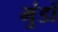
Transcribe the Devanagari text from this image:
मुंडों